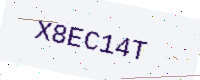
Text: X8EC14T